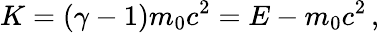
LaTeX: K=(\gamma-1)m_{0}c^{2}=E-m_{0}c^{2}\, ,